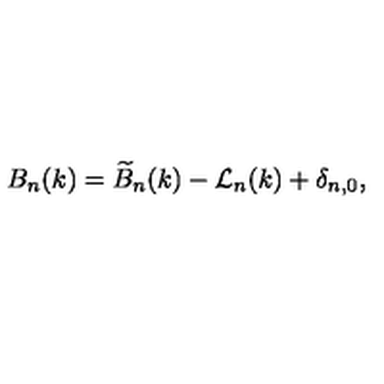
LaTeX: B _ { n } ( k ) = \widetilde { B } _ { n } ( k ) - { \cal L } _ { n } ( k ) + \delta _ { n , 0 } ,